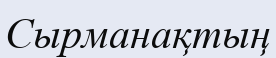
Сырманақтың